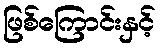
ဖြစ်ကြောင်းနှင့်